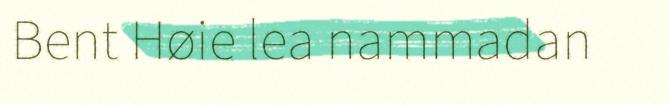
Bent Høie lea nammadan